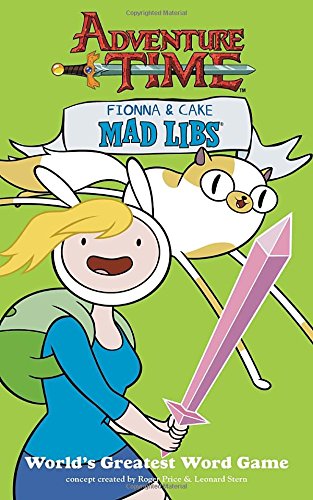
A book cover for Fionna and Cake Mad Libs (Adventure Time); Price Stern Sloan; Children's Books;